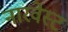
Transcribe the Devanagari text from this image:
नारवेस्ट